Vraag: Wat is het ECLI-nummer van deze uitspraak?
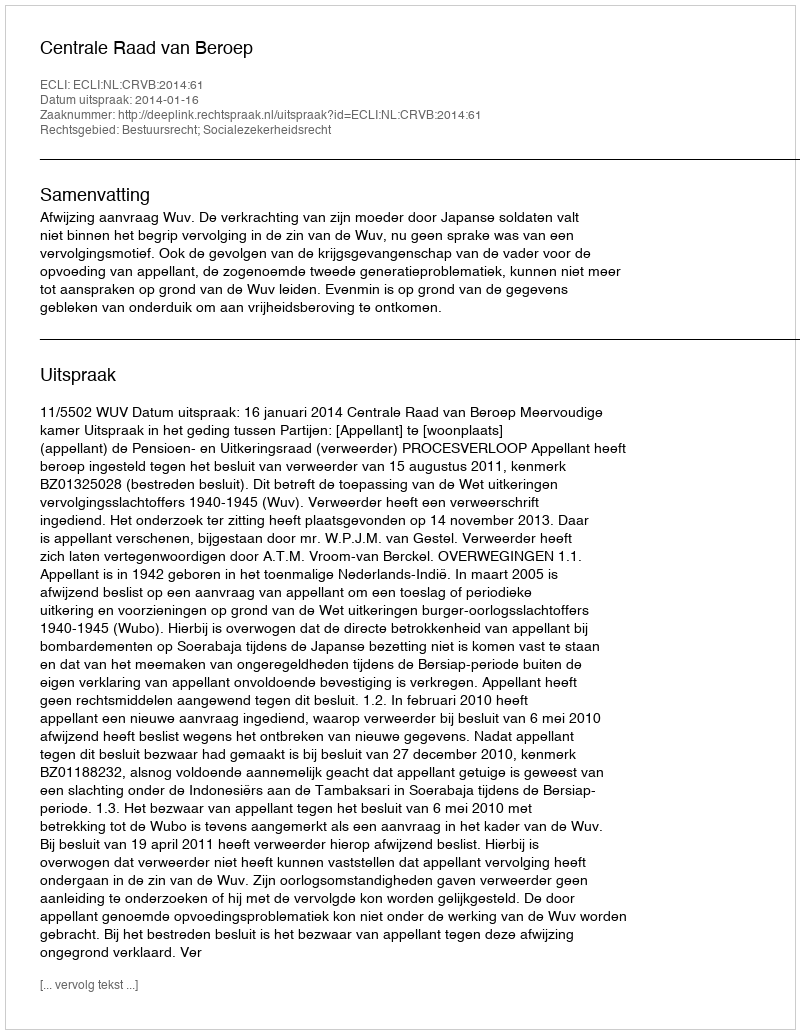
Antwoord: ECLI:NL:CRVB:2014:61